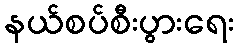
နယ်စပ်စီးပွားရေး